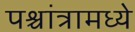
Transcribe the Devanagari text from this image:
पश्चांत्रामध्ये